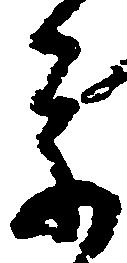
参